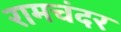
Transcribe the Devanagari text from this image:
रामचंदर